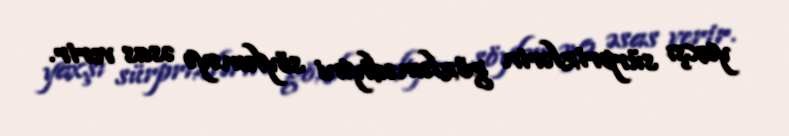
yaxşı sürprizlərin gözləmədiyini söyləməyə əsas verir.